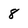
Character: 8